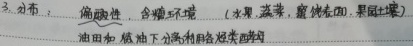
分布：偏酸性，含糖环境（水果，蔬菜，腐蚀表面，果园土壤），油田和炼油下不利利用烃类细菌 。